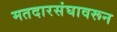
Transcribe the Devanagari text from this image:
मतदारसंघावरून